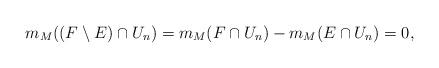
LaTeX: \begin{align*}m_M((F \setminus E) \cap U_n) = m_M(F \cap U_n) - m_M(E \cap U_n) = 0,\end{align*}